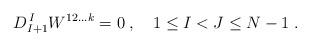
LaTeX: \begin{align*} D^{\,I}_{I+1} W^{12\ldots k} = 0\;, \quad 1\leq I<J \leq N-1\;.\end{align*}